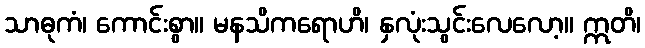
သာဓုကံ၊ ကောင်းစွာ။ မနသိကရောဟိ၊ နှလုံးသွင်းလေလော့။ ဣတိ၊